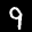
Label: 9